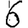
Digit: 6